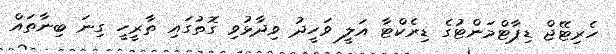
ހެރިޓޭޖް ޑިޕާޓްމަންޓުގެ ޑިރެކްޓާ އަލީ ވަހީދު ވިދާޅުވި ގޮތުގައި ތާރީހީ ގިނަ ބިނާތައް